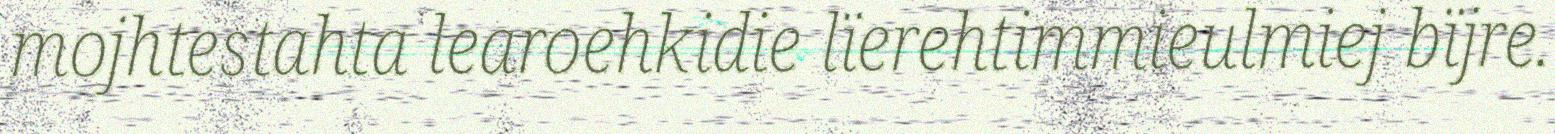
mojhtestahta learoehkidie lïerehtimmieulmiej bïjre.